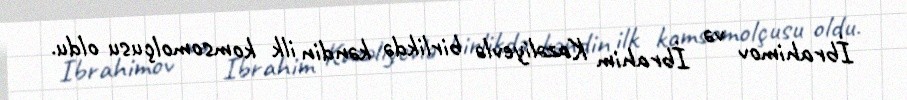
İbrahimov və İbrahim Kazəliyevlə birlikdə kəndin ilk komsomolçusu oldu.